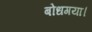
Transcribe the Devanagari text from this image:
बोधगया।